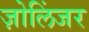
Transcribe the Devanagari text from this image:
ज़ोलिंजर